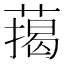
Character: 䔾